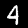
Digit: 4